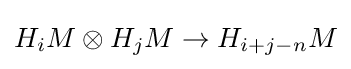
H_{i}M\otimes H_{j}M\to H_{i+j-n}M